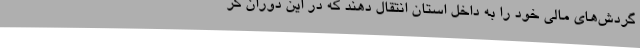
گردش‌های مالی خود را به داخل استان انتقال دهند که در این دوران کر